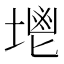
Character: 𡏓